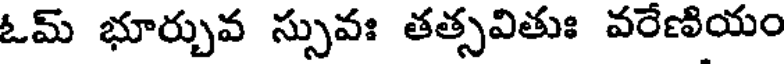
ఓమ్ భూర్చువ స్సువః తత్సవితుః వరేణియం